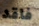
فاقد